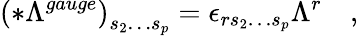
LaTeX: \left(*\Lambda^{gauge}\right)_{s_{2}\ldots s_{p}}=\epsilon_{rs_{2}\ldots s_{p}}\Lambda^{r}\quad,